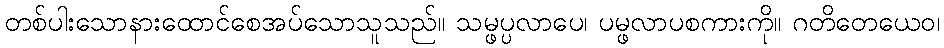
တစ်ပါးသောနားထောင်စေအပ်သောသူသည်။ သမ္ဖပ္ပလာပေ၊ ပမ္ဖလာပစကားကို။ ဂတိတေယေဝ၊